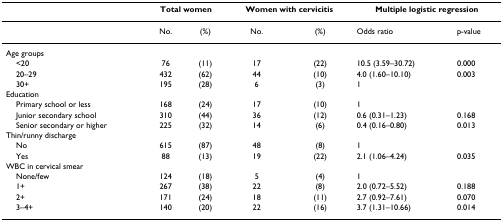
<table><thead><tr><td></td><td colspan="2"><b>Total women</b></td><td colspan="2"><b>Women with cervicitis</b></td><td colspan="2"><b>Multiple logistic regression</b></td></tr></thead><tbody><tr><td></td><td>No.</td><td>(%)</td><td>No.</td><td>(%)</td><td>Odds ratio</td><td>p-value</td></tr><tr><td>Age groups</td><td></td><td></td><td></td><td></td><td></td><td></td></tr><tr><td> &lt;20</td><td>76</td><td>(11)</td><td>17</td><td>(22)</td><td>10.5 (3.59–30.72)</td><td>0.000</td></tr><tr><td> 20–29</td><td>432</td><td>(62)</td><td>44</td><td>(10)</td><td>4.0 (1.60–10.10)</td><td>0.003</td></tr><tr><td> 30+</td><td>195</td><td>(28)</td><td>6</td><td>(3)</td><td>1</td><td></td></tr><tr><td>Education</td><td></td><td></td><td></td><td></td><td></td><td></td></tr><tr><td> Primary school or less</td><td>168</td><td>(24)</td><td>17</td><td>(10)</td><td>1</td><td></td></tr><tr><td> Junior secondary school</td><td>310</td><td>(44)</td><td>36</td><td>(12)</td><td>0.6 (0.31–1.23)</td><td>0.168</td></tr><tr><td> Senior secondary or higher</td><td>225</td><td>(32)</td><td>14</td><td>(6)</td><td>0.4 (0.16–0.80)</td><td>0.013</td></tr><tr><td>Thin/runny discharge</td><td></td><td></td><td></td><td></td><td></td><td></td></tr><tr><td> No</td><td>615</td><td>(87)</td><td>48</td><td>(8)</td><td>1</td><td></td></tr><tr><td> Yes</td><td>88</td><td>(13)</td><td>19</td><td>(22)</td><td>2.1 (1.06–4.24)</td><td>0.035</td></tr><tr><td>WBC in cervical smear</td><td></td><td></td><td></td><td></td><td></td><td></td></tr><tr><td> None/few</td><td>124</td><td>(18)</td><td>5</td><td>(4)</td><td>1</td><td></td></tr><tr><td> 1+</td><td>267</td><td>(38)</td><td>22</td><td>(8)</td><td>2.0 (0.72–5.52)</td><td>0.188</td></tr><tr><td> 2+</td><td>171</td><td>(24)</td><td>18</td><td>(11)</td><td>2.7 (0.92–7.61)</td><td>0.070</td></tr><tr><td> 3–4+</td><td>140</td><td>(20)</td><td>22</td><td>(16)</td><td>3.7 (1.31–10.66)</td><td>0.014</td></tr></tbody></table>